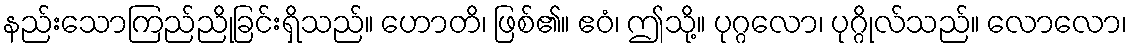
နည်းသောကြည်ညိုခြင်းရှိသည်။ ဟောတိ၊ ဖြစ်၏။ ဧဝံ၊ ဤသို့။ ပုဂ္ဂလော၊ ပုဂ္ဂိုလ်သည်။ လောလော၊